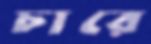
চারে